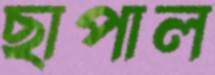
ছাপাল